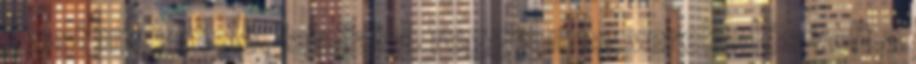
most meg meló. jajajjajaj. reggel meg verekedés volt a